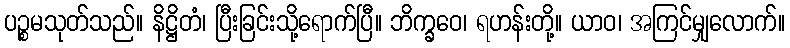
ပဉ္စမသုတ်သည်။ နိဋ္ဌိတံ၊ ပြီးခြင်းသို့ရောက်ပြီ။ ဘိက္ခဝေ၊ ရဟန်းတို့။ ယာဝ၊ အကြင်မျှလောက်။